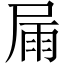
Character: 屚